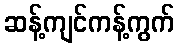
ဆန့်ကျင်ကန့်ကွက်